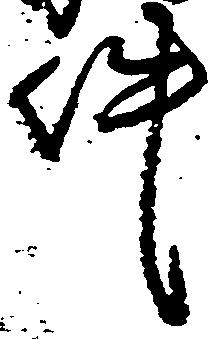
件